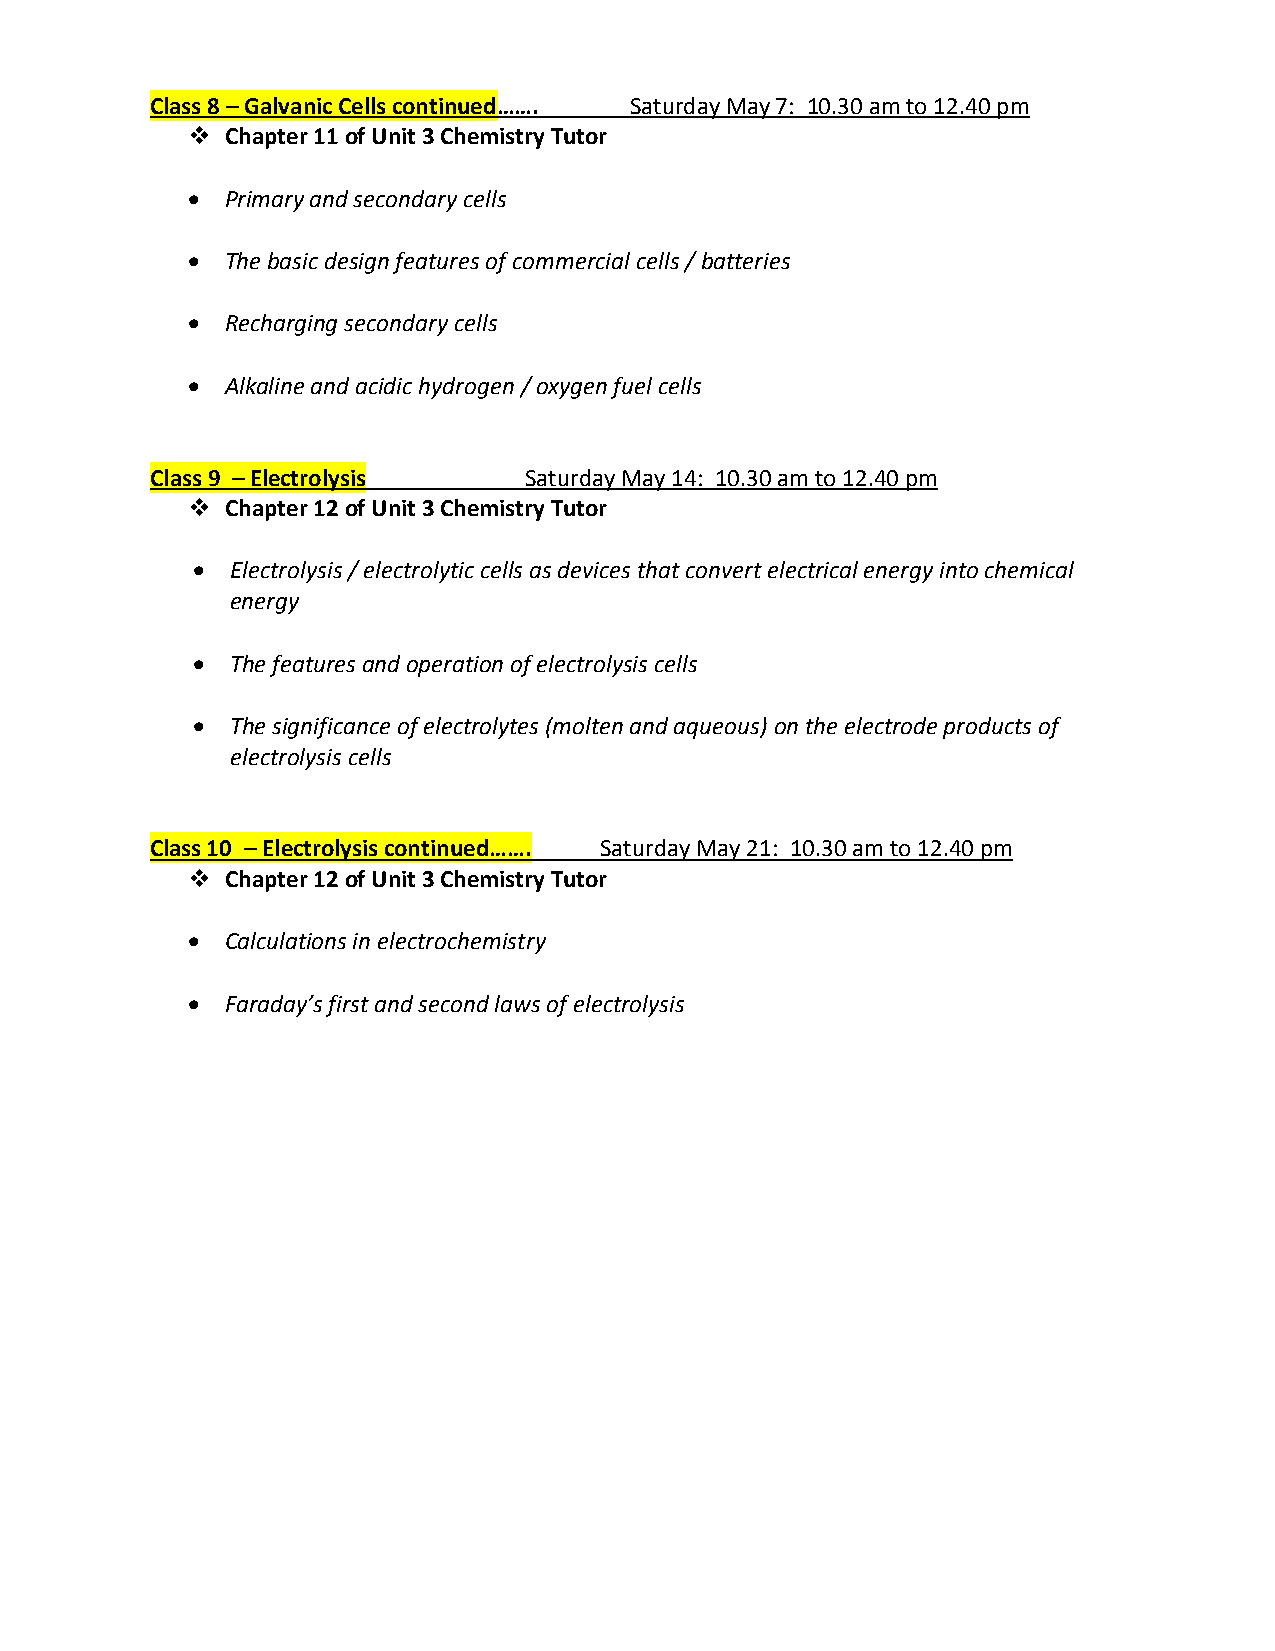
Class 8 – Galvanic Cells continued……. Saturday May 7: 10.30 am to 12.40 pm
   Chapter 11 of Unit 3 Chemistry Tutor
   Primary and secondary cells
   The basic design features of commercial cells / batteries
   Recharging secondary cells
   Alkaline and acidic hydrogen / oxygen fuel cells
 Class 9 – Electrolysis   Saturday May 14: 10.30 am to 12.40 pm
   Chapter 12 of Unit 3 Chemistry Tutor
  Electrolysis / electrolytic cells as devices that convert electrical energy into chemical
 energy
  The features and operation of electrolysis cells
  The significance of electrolytes (molten and aqueous) on the electrode products of
 electrolysis cells
 Class 10 – Electrolysis continued……. Saturday May 21: 10.30 am to 12.40 pm
   Chapter 12 of Unit 3 Chemistry Tutor
   Calculations in electrochemistry
   Faraday’s first and second laws of electrolysis